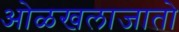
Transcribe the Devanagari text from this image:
ओळखलाजातो